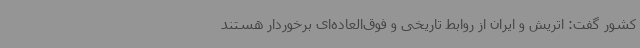
کشور گفت: اتریش و ایران از روابط تاریخی و فوق‌العاده‌ای برخوردار هستند